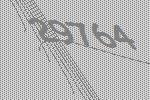
29764